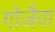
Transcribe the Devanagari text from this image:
गोजैवा